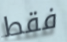
فقط